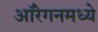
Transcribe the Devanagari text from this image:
ऑरेगनमध्ये